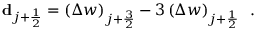
\mathbf { d } _ { j + \frac { 1 } { 2 } } = \left( \Delta w \right) _ { j + \frac { 3 } { 2 } } - 3 \left( \Delta w \right) _ { j + \frac { 1 } { 2 } } \, \mathrm { ~ . ~ }